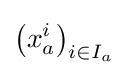
\left(x_{a}^{i}\right)_{i\in I_{a}}